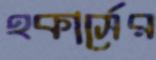
হকার্সের